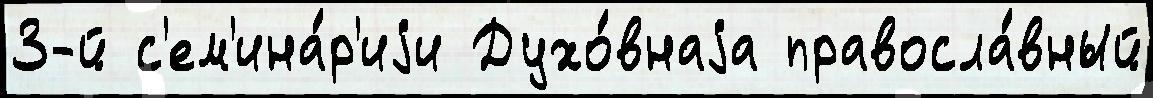
3-й с'ем'ина́р'иjи Духо́внаjа правосла́вный